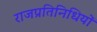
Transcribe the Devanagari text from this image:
राजप्रतिनिधियों